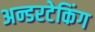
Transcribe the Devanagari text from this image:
अन्डरटेकिंग